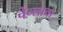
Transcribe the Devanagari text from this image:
चेन्लाचा